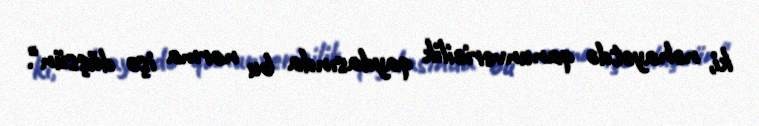
ki, nəhayətdə qanunvericilik qaydasında bu norma işə düşsün".